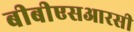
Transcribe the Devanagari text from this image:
बीबीएसआरसी